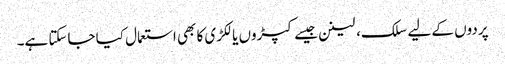
پردوں کے لیے سلک، لینن جیسے کپڑوں یا لکڑی کا بھی استعمال کیا جاسکتا ہے۔